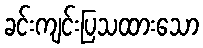
ခင်းကျင်းပြသထားသော